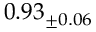
0 . 9 3 _ { \pm 0 . 0 6 }